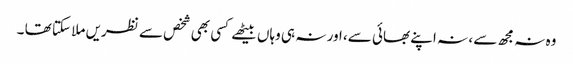
وہ نہ مجھ سے ، نہ اپنے بھائی سے، اور نہ ہی وہاں بیٹھے کسی بھی شخص سے نظریں ملا سکتا تھا ۔